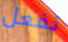
تفعل